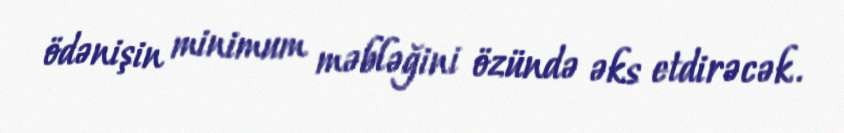
ödənişin minimum məbləğini özündə əks etdirəcək.